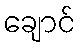
ချောင်